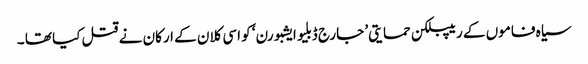
سیاہ فاموں کے ریپبلکن حمایتی’ جارج ڈبلیو ایشبورن‘ کو اسی کلان کے ارکان نے قتل کیا تھا ۔